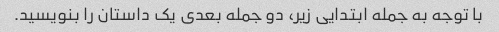
با توجه به جمله ابتدایی زیر، دو جمله بعدی یک داستان را بنویسید.